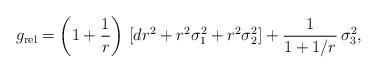
LaTeX: \begin{align*}{g}_{\rm rel}=\left(1+\frac{1}{r}\right)\,[dr^2+r^2\sigma_1^2+r^2\sigma_2^2]+\frac{1}{1+1/r}\,\sigma_3^2,\end{align*}